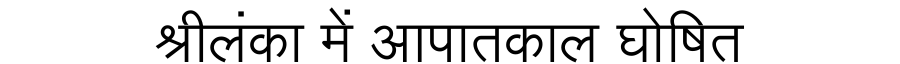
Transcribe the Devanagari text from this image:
श्रीलंका में आपातकाल घोषित